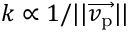
k \propto 1 / | | \overrightarrow { v _ { \mathrm { p } } } | |